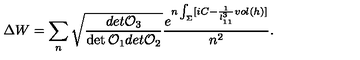
\Delta W = \sum _ { n } \sqrt { { \frac { d e t { \cal O } _ { 3 } } { \det { \cal O } _ { 1 } d e t { \cal O } _ { 2 } } } } { \frac { e ^ { n \int _ { \Sigma } [ i C - { \frac { 1 } { l _ { 1 1 } ^ { 3 } } } v o l ( h ) ] } } { n ^ { 2 } } } .